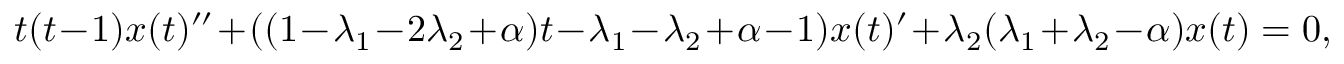
t ( t - 1 ) x ( t ) ^ { \prime \prime } + ( ( 1 - \lambda _ { 1 } - 2 \lambda _ { 2 } + \alpha ) t - \lambda _ { 1 } - \lambda _ { 2 } + \alpha - 1 ) x ( t ) ^ { \prime } + \lambda _ { 2 } ( \lambda _ { 1 } + \lambda _ { 2 } - \alpha ) x ( t ) = 0 ,